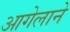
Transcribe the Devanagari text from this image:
आगेलाने